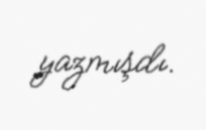
yazmışdı.